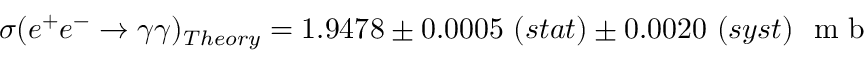
\sigma ( e ^ { + } e ^ { - } \rightarrow \gamma \gamma ) _ { T h e o r y } = 1 . 9 4 7 8 \pm 0 . 0 0 0 5 \ ( s t a t ) \pm 0 . 0 0 2 0 \ ( s y s t ) \ \mathrm { ~ m ~ b ~ }